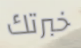
خبرتك